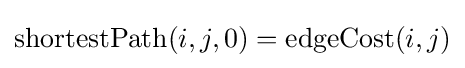
\mathrm {shortestPath} (i,j,0)=\mathrm {edgeCost} (i,j)